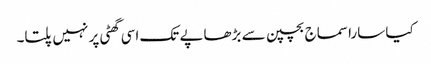
کیا سارا سماج بچپن سے بڑھاپے تک اسی گھٹی پر نہیں پلتا۔